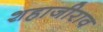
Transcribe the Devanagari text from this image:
शहाजीराव